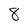
Character: 8